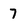
Character: 7